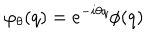
LaTeX: \varphi _ { \theta } ( q ) = e ^ { - i \theta q } \phi ( q )